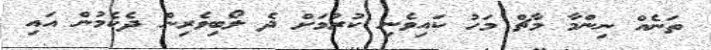
ތަނެއް ނިންމާ މާޗް މަހު ކައިވެނި ކުރުމަށް ދެ ލޯބިވެރިން ދެކެމުން އައި